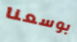
بوسعنا